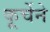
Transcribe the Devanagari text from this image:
कूर्चेने